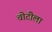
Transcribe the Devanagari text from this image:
चोटीला